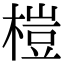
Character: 榿